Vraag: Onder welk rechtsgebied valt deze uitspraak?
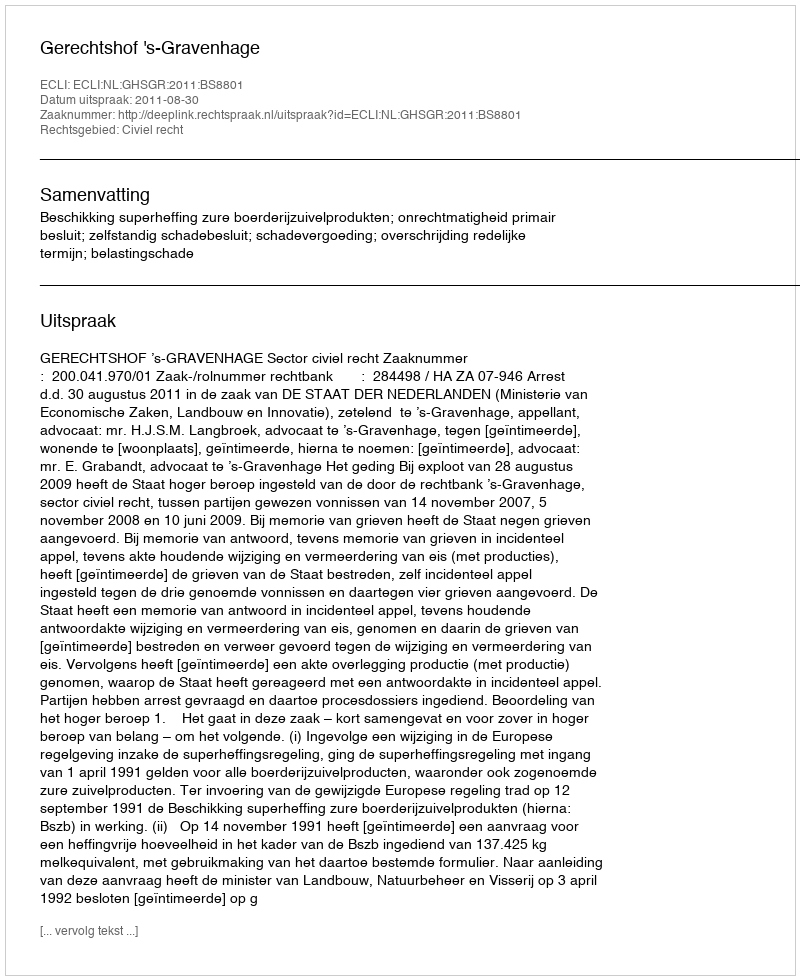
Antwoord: Civiel recht